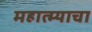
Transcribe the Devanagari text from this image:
महात्म्याचा